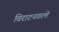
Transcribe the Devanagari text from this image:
विराटनगरमे